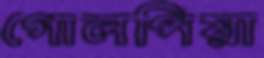
গোলপিয়া